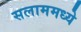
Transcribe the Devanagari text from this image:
सलाममध्ये